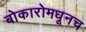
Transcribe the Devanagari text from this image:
बोकारोमधूनच